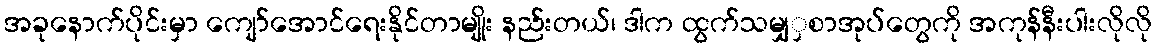
အခုနောက်ပိုင်းမှာ ကျော်အောင်ရေးနိုင်တာမျိုး နည်းတယ်၊ ဒါက ထွက်သမျှှစာအုပ်တွေကို အကုန်နီးပါးလိုလို